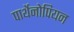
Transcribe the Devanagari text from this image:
पार्थेनोपियन